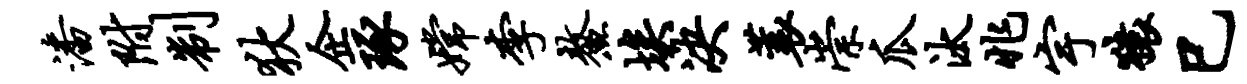
潘附制狄企琢嫦李鳌埃决蓑崇瓜汰兆宇猿巳